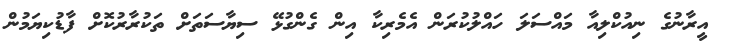
އީރާނުގެ ނިއުކްލިއާ މައްސަލަ ހައްލުކުރަން އެމެރިކާ އިން ގެންގުޅޭ ސިޔާސަތަށް ތަކުރާރުކޮށް ފާޑުކިޔަމުން